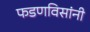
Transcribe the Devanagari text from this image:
फडणविसांनी